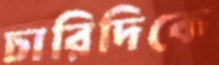
চারিদিকে